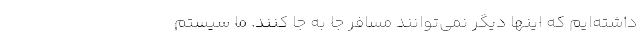
داشته‌ایم که اینها دیگر نمی‌توانند مسافر جا به جا کنند. ما سیستم‌